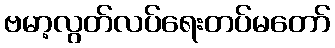
ဗမာ့လွတ်လပ်ရေးတပ်မတော်